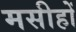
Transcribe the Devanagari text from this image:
मसीहों